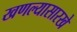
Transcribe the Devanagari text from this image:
खणल्यासारखे